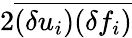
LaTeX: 2\overline{{(\delta u_{i})(\delta f_{i})}}